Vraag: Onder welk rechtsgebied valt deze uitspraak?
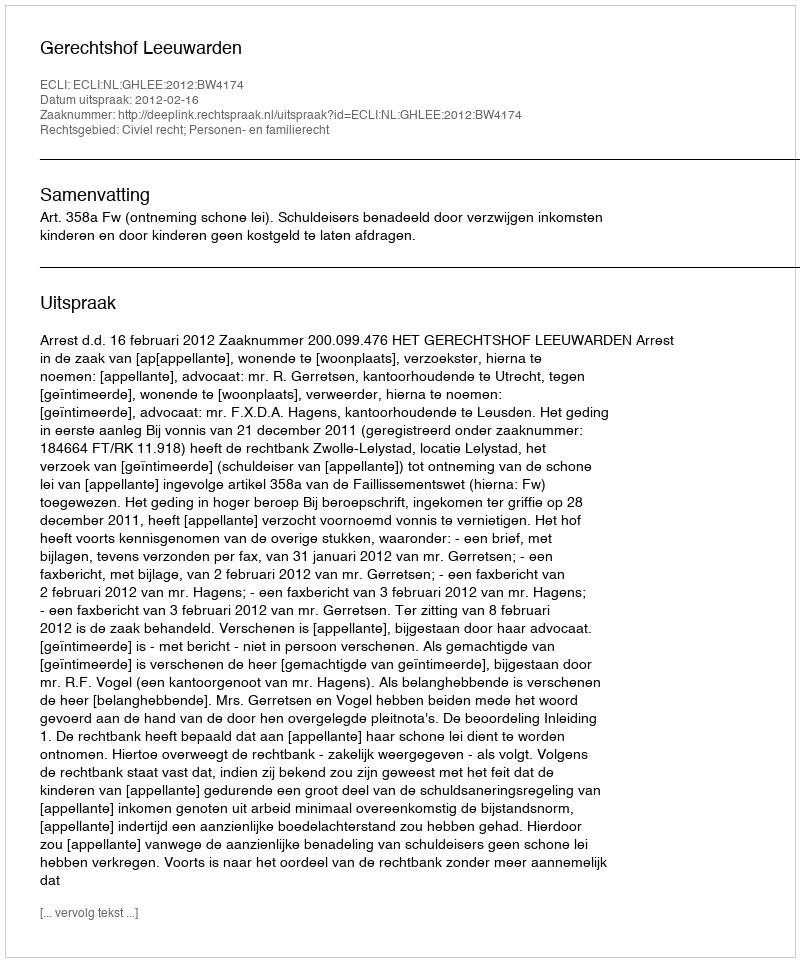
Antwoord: Civiel recht; Personen- en familierecht